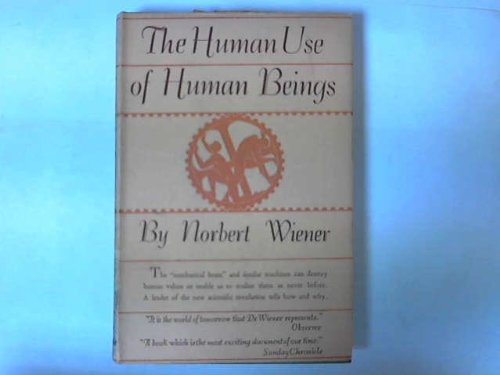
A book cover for The Human Use of Human Beings: Cybernetics and Society; Norbert Wiener; Computers & Technology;